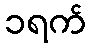
၁ရက်